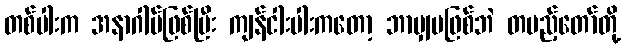
တစ်ပါးက အနာဂါမ်ဖြစ်ပြီး ကျန်ငါးပါးကတော့ ဘာမျှမဖြစ်ဘဲ တပည့်တော်တို့